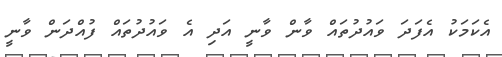
އެކަމަކު އެފަދަ ވައުދުތައް ވާން ވާނީ އަދި އެ ވައުދުތައް ފުއްދަން ވާނީ